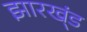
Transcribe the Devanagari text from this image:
झारख्ंड